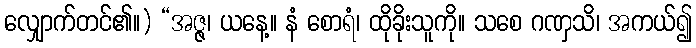
လျှောက်တင်၏။) “အဇ္ဇ၊ ယနေ့။ နံ စောရံ၊ ထိုခိုးသူကို။ သစေ ဂဏှသိ၊ အကယ်၍